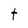
Character: t